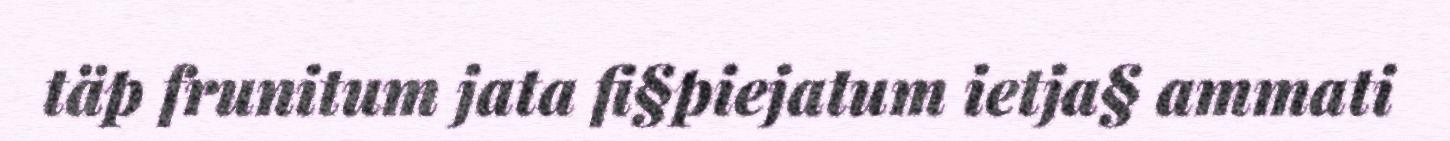
täp frunitum jata fi§piejatum ietja§ ammati